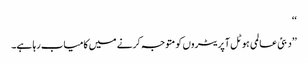
‘‘
’’دبئی عالمی ہوٹل آپریٹروں کو متوجہ کرنے میں کامیاب رہا ہے۔